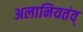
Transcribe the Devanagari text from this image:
अलानियतंव्